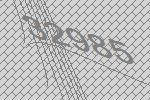
32985